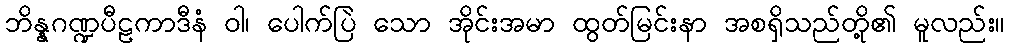
ဘိန္နဂဏ္ဍပီဠကာဒီနံ ဝါ၊ ပေါက်ပြဲ သော အိုင်းအမာ ထွတ်မြင်းနာ အစရှိသည်တို့၏ မူလည်း။